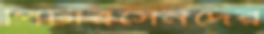
পিটারসেনদের